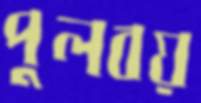
পুলবয়